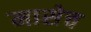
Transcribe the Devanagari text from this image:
मासेच